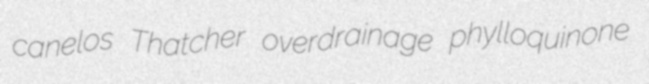
canelos Thatcher overdrainage phylloquinone